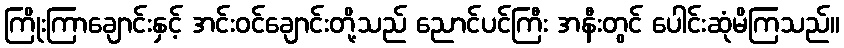
ကြိုးကြာချောင်းနှင့် အင်းဝင်ချောင်းတို့သည် ညောင်ပင်ကြီး အနီးတွင် ပေါင်းဆုံမိကြသည်။